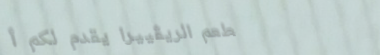
مطعم الريڤييرا يقدم لكم أ